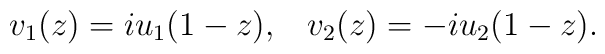
v_1(z)=i u_1(1-z),\;\;\; v_2(z)=-i u_2(1-z).